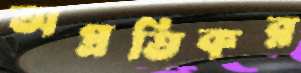
অপ্রতিকর